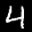
Label: 4